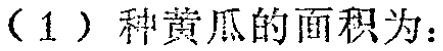
（1）种黄瓜的面积为：